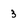
Character: 3